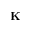
\textbf { K }